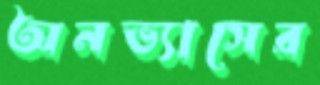
অনভ্যাসের